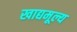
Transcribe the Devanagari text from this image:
खाद्यमूल्य